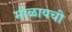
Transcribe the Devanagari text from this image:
मीळायची